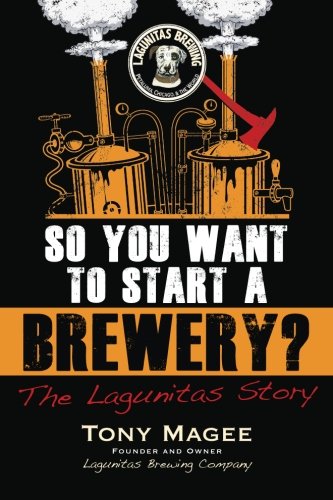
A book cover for So You Want to Start a Brewery?: The Lagunitas Story; Tony Magee; Cookbooks, Food & Wine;